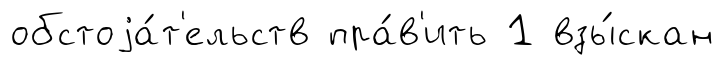
обстоjа́т'ельств пра́в'ить 1 взы́скан